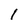
Character: 1